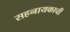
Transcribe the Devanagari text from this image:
सहनायकाची